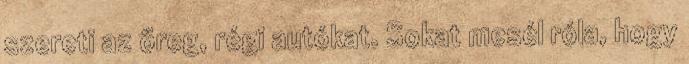
szereti az öreg, régi autókat. Sokat mesél róla, hogy